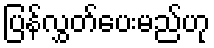
ပြန်လွှတ်ပေးမည်ဟု